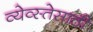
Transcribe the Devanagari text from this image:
व्येव्स्तेसाठी